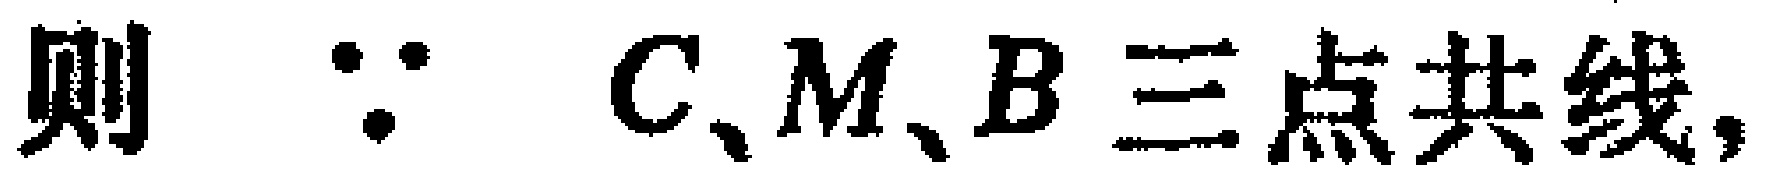
则 $\because$ \(C、M、B\) 三点共线，